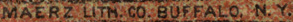
MAERZ LITM. CO. BUFFALO. N.Y.